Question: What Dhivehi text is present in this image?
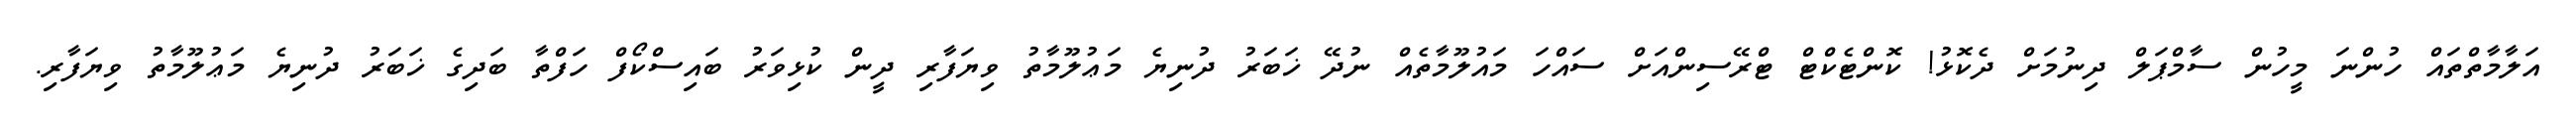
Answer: އަލާމާތްތައް ހުންނަ މީހުން ސާމްޕަލް ދިނުމަށް ދެކޮޅު! ކޮންޓެކްޓް ޓްރޭސިންއަށް ސައްހަ މައުލޫމާތެއް ނުދޭ ޚަބަރު ދުނިޔެ މަޢުލޫމާތު ވިޔަފާރި ދީން ކުޅިވަރު ބައިސްކޯފް ހަފްތާ ބަދިގެ ޚަބަރު ދުނިޔެ މަޢުލޫމާތު ވިޔަފާރި.